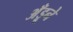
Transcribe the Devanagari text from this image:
अँड्रूने